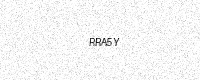
Text: RRA5Y